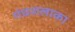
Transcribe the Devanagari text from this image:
गंधशलाका